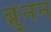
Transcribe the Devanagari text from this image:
ब्रुनन